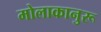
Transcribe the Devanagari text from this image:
मोलाकानुरू